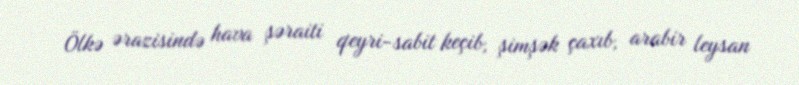
Ölkə ərazisində hava şəraiti qeyri-sabit keçib, şimşək çaxıb, arabir leysan